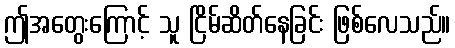
ဤအတွေးကြောင့် သူ ငြိမ်ဆိတ်နေခြင်း ဖြစ်လေသည်။